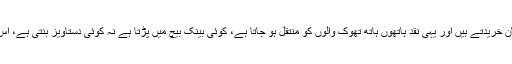
لوگ پرچون میں نقد سامان خریدتے ہیں اور یہی نقد ہاتھوں ہاتھ تھوک والوں کو منتقل ہو جاتا ہے، کوئی بینک بیچ میں پڑتا ہے نہ کوئی دستاویز بنتی ہے، اس لیے ٹیکس بھی نہیں آتا۔